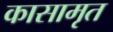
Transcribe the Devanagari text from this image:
कासामृत